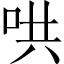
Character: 哄